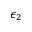
\epsilon _ { 2 }